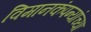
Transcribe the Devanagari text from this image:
विमानकंपन्यांच्या